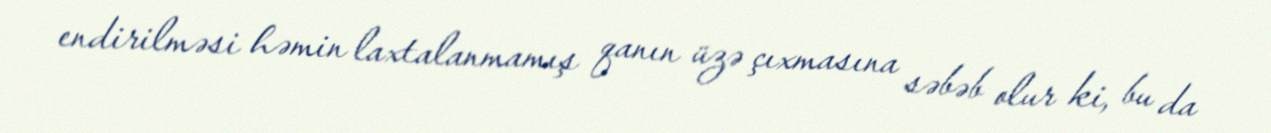
endirilməsi həmin laxtalanmamış qanın üzə çıxmasına səbəb olur ki, bu da